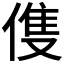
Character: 𬿈